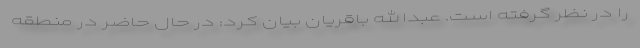
را در نظر گرفته است. عبدالله باقریان بیان کرد: در حال حاضر در منطقه